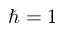
\hbar = 1